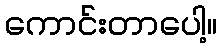
ကောင်းတာပေါ့။